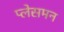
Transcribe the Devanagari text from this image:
प्लेसमन